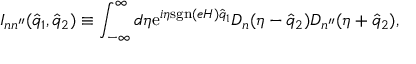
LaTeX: I _ { n n ^ { \prime \prime } } ( \hat { q } _ { 1 } , \hat { q } _ { 2 } ) \equiv \int _ { - \infty } ^ { \infty } d \eta \mathrm { e } ^ { i \eta \mathrm { s g n } ( e H ) \hat { q } _ { 1 } } D _ { n } ( \eta - \hat { q } _ { 2 } ) D _ { n ^ { \prime \prime } } ( \eta + \hat { q } _ { 2 } ) ,